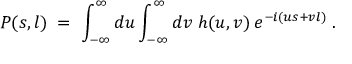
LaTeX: P ( s , l ) \; = \; \int _ { - \infty } ^ { \infty } d u \int _ { - \infty } ^ { \infty } d v \; h ( u , v ) \: e ^ { - i ( u s + v l ) } \; .